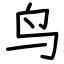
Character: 鸟